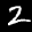
Label: 2